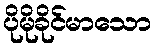
ပိုမိုခိုင်မာသော